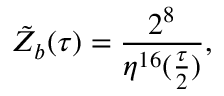
{ \tilde { Z } } _ { b } ( \tau ) = \frac { 2 ^ { 8 } } { \eta ^ { 1 6 } ( \frac { \tau } { 2 } ) } ,